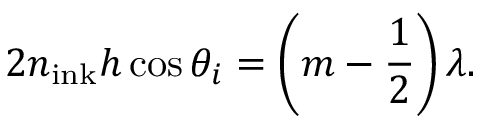
2 n _ { \mathrm { i n k } } h \cos { \theta _ { i } } = \left( m - \frac { 1 } { 2 } \right) \lambda .